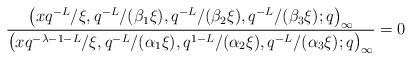
LaTeX: \begin{align*}& \frac{\big(x q^{-L}/\xi, q^{-L}/(\beta_1 \xi ), q^{-L}/(\beta_2 \xi ), q^{-L}/(\beta_3 \xi ) ;q\big)_{\infty}}{\big(x q^{-\lambda -1 -L} / \xi, q^{-L}/(\alpha_1 \xi ), q^{1-L}/(\alpha_2 \xi ), q^{-L}/(\alpha_3 \xi ) ;q\big)_{\infty}} =0\end{align*}